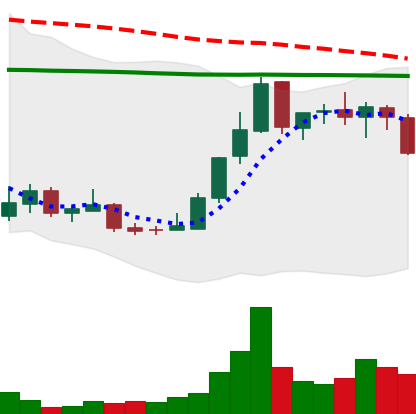
Ticker: LINK-USD
Chart end date: 2018-12-27
Forward return: 8.795%
Label: up_7plus